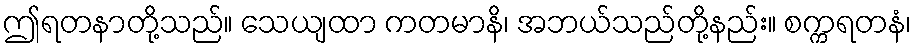
ဤရတနာတို့သည်။ သေယျထာ ကတမာနိ၊ အဘယ်သည်တို့နည်း။ စက္ကရတနံ၊